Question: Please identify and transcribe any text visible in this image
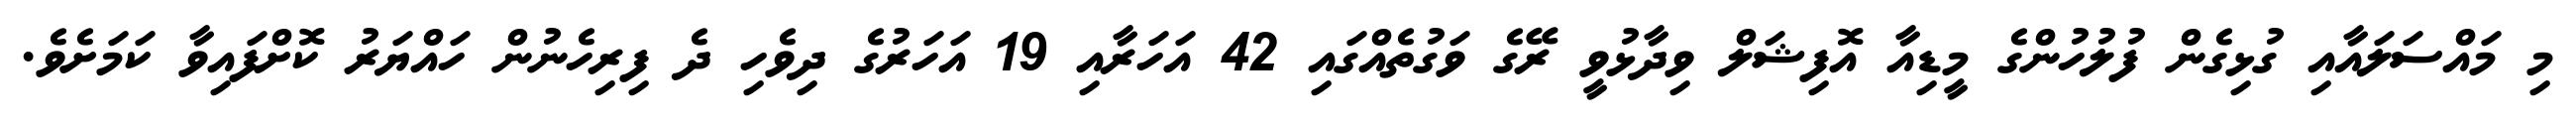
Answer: މި މައްސަލައާއި ގުޅިގެން ފުލުހުންގެ މީޑިއާ އޮފިޝަލް ވިދާޅުވީ ރޭގެ ވަގުތެއްގައި 42 އަހަރާއި 19 އަހަރުގެ ދިވެހި ދެ ފިރިހެނުން ހައްޔަރު ކޮށްފައިވާ ކަމަށެވެ.